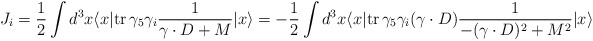
\begin{align*}J_i = {1\over 2} \int d^3x \langle x|{\rm tr}\, \gamma_5 \gamma_i {1\over \gamma\cdot D + M} | x \rangle = - {1\over 2} \int d^3x \langle x|{\rm tr}\, \gamma_5 \gamma_i (\gamma\cdot D) {1 \over -(\gamma\cdot D)^2 +M^2}| x \rangle\end{align*}